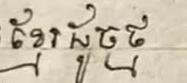
ខ្មែរដូចថ្ម